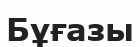
Бұғазы